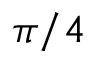
\pi / 4